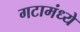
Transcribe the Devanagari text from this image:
गटामंध्ये